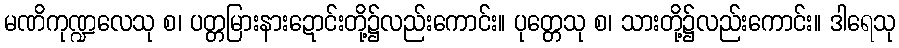
မဏိကုဏ္ဍလေသု စ၊ ပတ္တမြားနားဍောင်းတို့၌လည်းကောင်း။ ပုတ္တေသု စ၊ သားတို့၌လည်းကောင်း။ ဒါရေသု